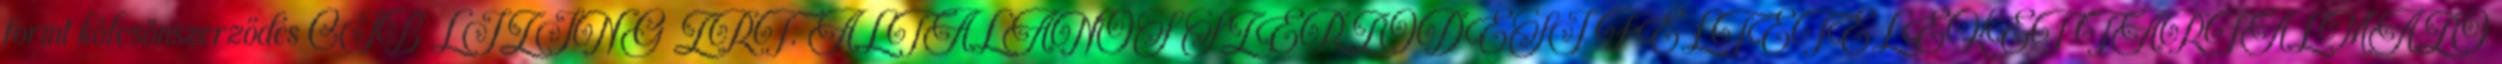
forint kölcsönszerződés CIB LÍZING ZRT. ÁLTALÁNOS SZERZŐDÉSI FELTÉTELEKET TARTALMAZÓ